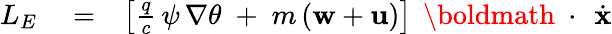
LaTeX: \begin{array}{rlr}{L_{E}}&{{}=}&{\left[\frac{q}{c}\, \psi\, \nabla\theta\; +\; m\, ({\mathbf w}+{\mathbf u})\right]\, \mathrm{~\boldmath~\cdot~}\, \dot{\mathbf x}}\end{array}